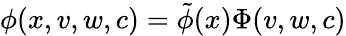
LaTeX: \phi(x,v,w,c)=\tilde{\phi}(x)\Phi(v,w,c)